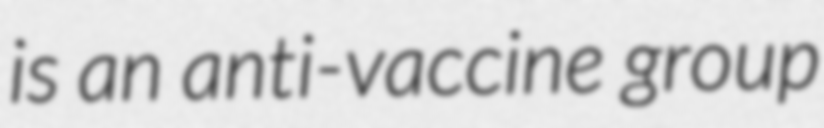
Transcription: is an anti-vaccine group